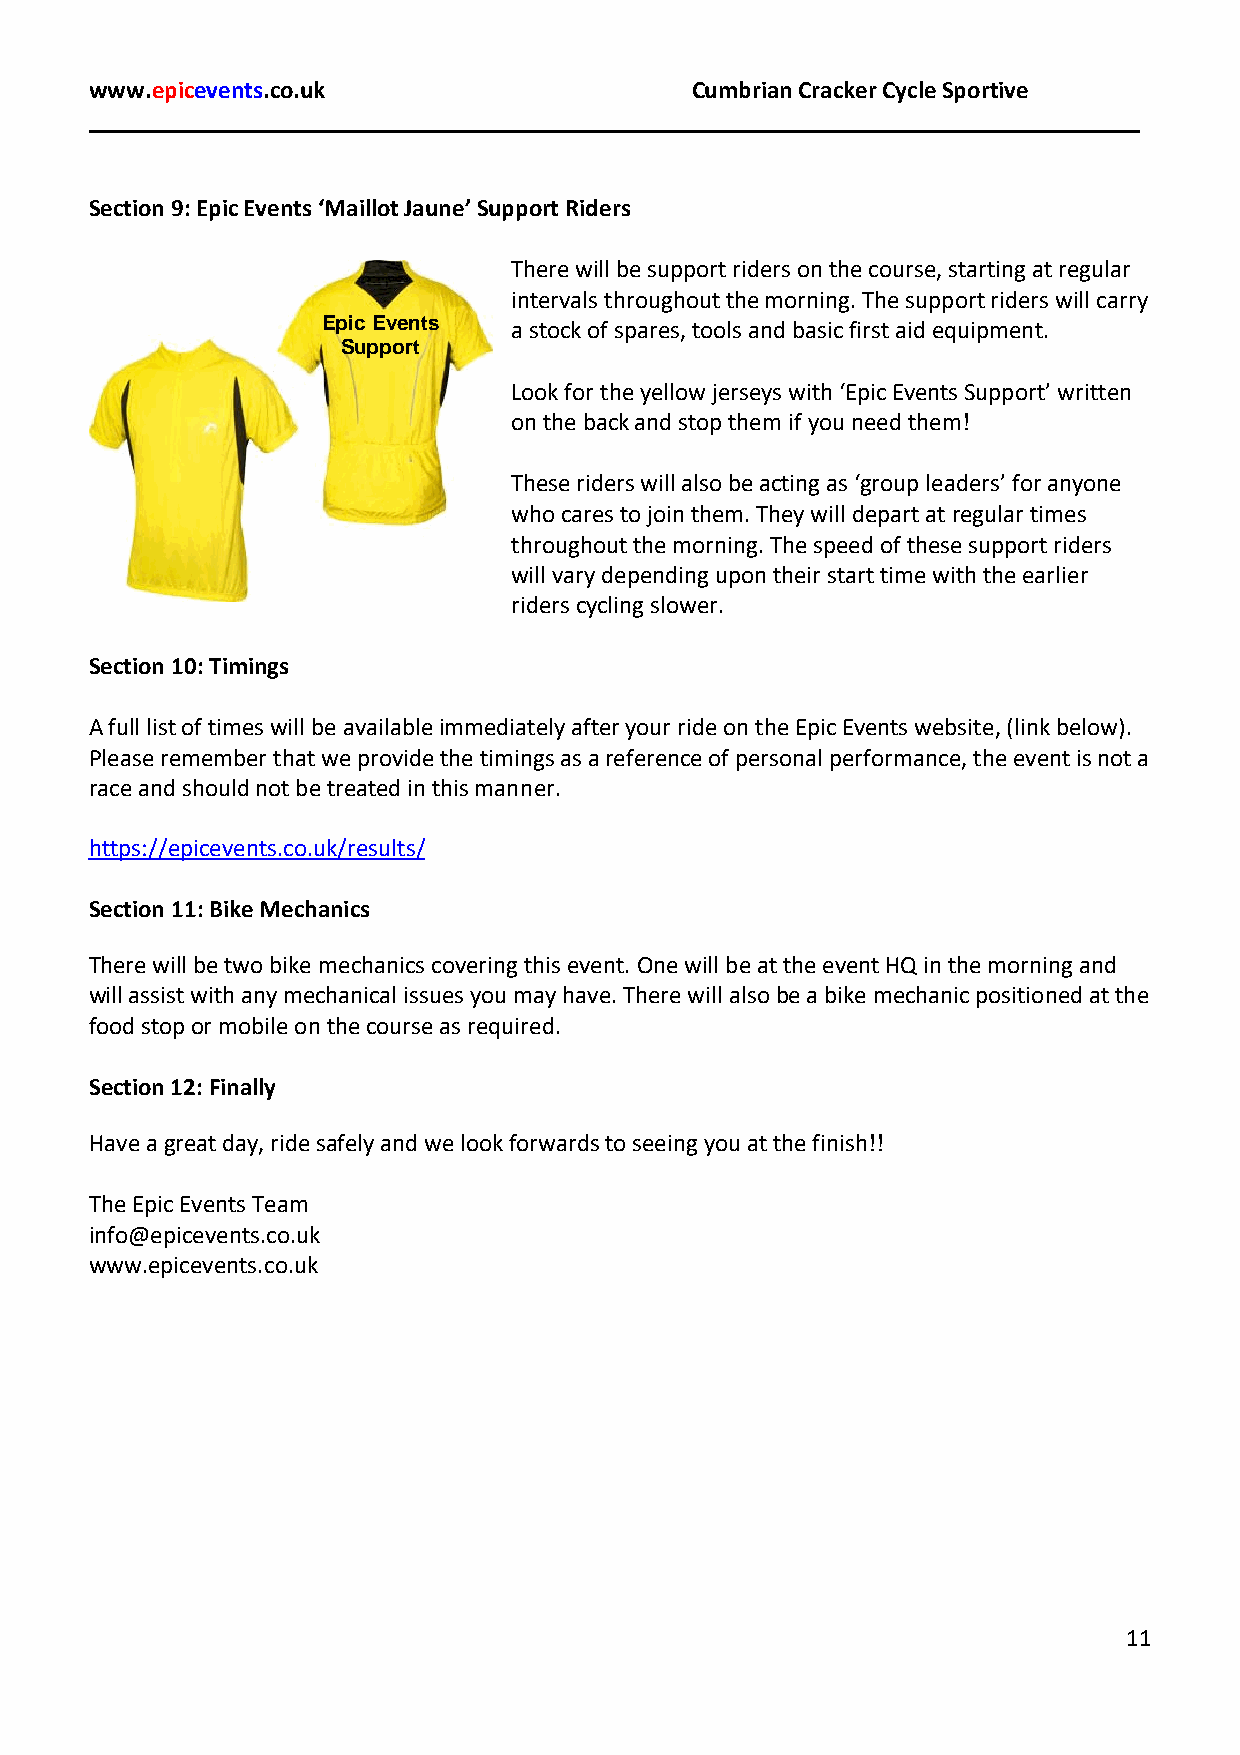
www.epicevents.co.uk                    Cumbrian Cracker Cycle Sportive
 Section 9: Epic Events ‘Maillot Jaune’ Support Riders
 There will be support riders on the course, starting at regular
 intervals throughout the morning. The support riders will carry
 Epic Events  a stock of spares, tools and basic first aid equipment.
 Support
 Look for the yellow jerseys with ‘Epic Events Support’ written
 on the back and stop them if you need them!
 These riders will also be acting as ‘group leaders’ for anyone
 who cares to join them. They will depart at regular times
 throughout the morning. The speed of these support riders
 will vary depending upon their start time with the earlier
 riders cycling slower.
 Section 10: Timings
 A full list of times will be available immediately after your ride on the Epic Events website, (link below).
 Please remember that we provide the timings as a reference of personal performance, the event is not a
 race and should not be treated in this manner.
 https://epicevents.co.uk/results/
 Section 11: Bike Mechanics
 There will be two bike mechanics covering this event. One will be at the event HQ in the morning and
 will assist with any mechanical issues you may have. There will also be a bike mechanic positioned at the
 food stop or mobile on the course as required.
 Section 12: Finally
 Have a great day, ride safely and we look forwards to seeing you at the finish!!
 The Epic Events Team
 info@epicevents.co.uk
 www.epicevents.co.uk
 11